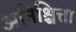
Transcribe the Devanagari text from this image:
अनिश्चित्ता